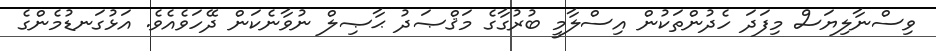
ވިސްނާލިޔަސް މިފަދަ ހެދުންތަކުން އިސްލާމީ ބުރުގާގެ މަޤްޞަދު ޙާޞިލް ނުވާނެކަން ދޭހަވެއެވެ. އަޅުގަނޑުމެންގެ